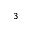
^ 3